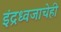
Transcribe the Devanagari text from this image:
इंद्रध्वजाचेही